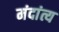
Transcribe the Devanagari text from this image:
मंदांत्य